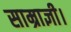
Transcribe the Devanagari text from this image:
साम्राज्ञी।